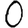
Digit: 0